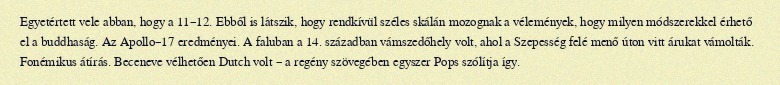
Egyetértett vele abban, hogy a 11–12. Ebből is látszik, hogy rendkívül széles skálán mozognak a vélemények, hogy milyen módszerekkel érhető el a buddhaság. Az Apollo–17 eredményei. A faluban a 14. században vámszedőhely volt, ahol a Szepesség felé menő úton vitt árukat vámolták. Fonémikus átírás. Beceneve vélhetően Dutch volt – a regény szövegében egyszer Pops szólítja így.